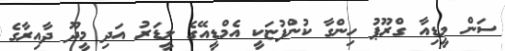
ސަން މީޑިއާ ގްރޫޕު ހިންގާ ކުންފުޏަކީ އެމްޑީއޭގެ ލީޑަރު އަދި މީދޫ ދާއިރާގެ